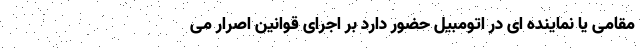
مقامی یا نماینده ای در اتومبیل حضور دارد بر اجرای قوانین اصرار می